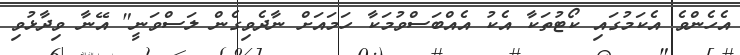
އެހެންވެ އެކަމުގައި ކޯޓުތަކާ އެކު އެއްބަސްވުމަކާ ހަމައަށް ނާދެވިގެން ލަސްވަނީ" އޭނާ ވިދާޅުވި